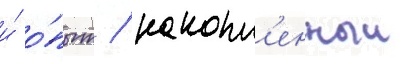
и́ о́пыт / накопл'енныи